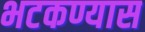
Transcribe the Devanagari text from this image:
भटकण्यास